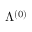
\Lambda ^ { ( 0 ) }